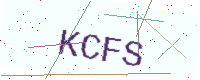
Text: KCFS